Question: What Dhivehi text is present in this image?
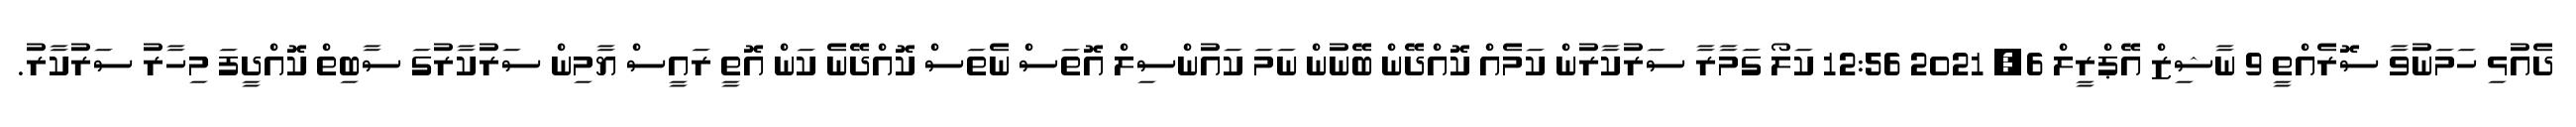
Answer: ދެއުޅި ހަމަނުވާ ސޮރެއްތީ 9 ނާޝިޒް އޭޕްރީލް 6, 2021 12:56 ކަލޯ ގަމާރާ ސަރުކާރުން ކަމެއް ކޮއްދޭން ބޭނުން ނަމަ ކައުންސިލް އޮތަސް ނެތަސް ކޮއްދޭނެ ކަން އޮތީ ރައީސް ޔާމިން ސަރުކާރުގަ ސާބިތް ކޮއްދީފަ މިހާރު ސަރުކާރު.